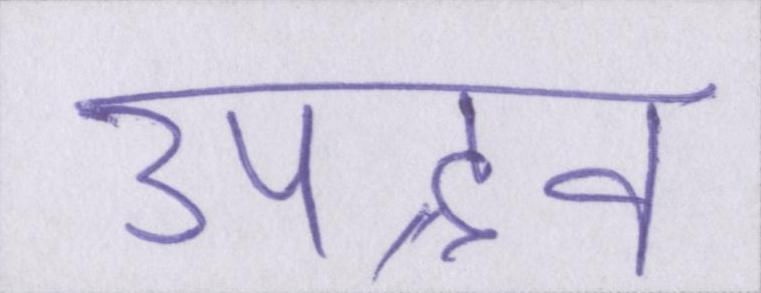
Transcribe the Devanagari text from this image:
उपद्रव